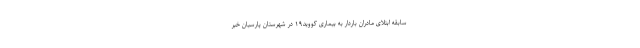
‌سابقه ابتلای مادران باردار به بیماری کووید۱۹ در شهرستان پارسیان خبر